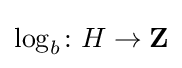
\log _{b}\colon H\to \mathbf {Z}